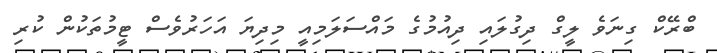
ބްރޭކް ގިނަވެ ލީގް ދިގުލައި ދިއުމުގެ މައްސަލަމިއީ މިދިޔަ އަހަރުވެސް ޓީމުތަކުން ކުރި